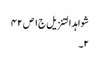
شواہد التنزیل ج١ ص ٤٢
٢۔